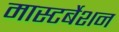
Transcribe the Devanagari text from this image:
मास्टर्बेशन